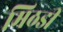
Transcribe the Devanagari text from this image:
मिठडी